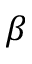
\beta